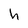
Character: h